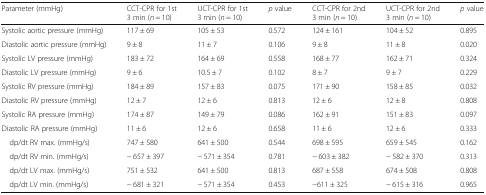
<table><thead><tr><td><b>Parameter (mmHg)</b></td><td><b>CCT-CPR for 1st 3 min (<i>n</i> = 10)</b></td><td><b>UCT-CPR for 1st 3 min (<i>n</i> = 10)</b></td><td><b><i>p</i> value</b></td><td><b>CCT-CPR for 2nd 3 min (<i>n</i> = 10)</b></td><td><b>UCT-CPR for 2nd 3 min (<i>n</i> = 10)</b></td><td><b><i>p</i> value</b></td></tr></thead><tbody><tr><td>Systolic aortic pressure (mmHg)</td><td>117 ± 69</td><td>105 ± 53</td><td>0.572</td><td>124 ± 161</td><td>104 ± 52</td><td>0.895</td></tr><tr><td>Diastolic aortic pressure (mmHg)</td><td>9 ± 8</td><td>11 ± 7</td><td>0.106</td><td>9 ± 8</td><td>11 ± 8</td><td>0.020</td></tr><tr><td>Systolic LV pressure (mmHg)</td><td>183 ± 72</td><td>164 ± 69</td><td>0.558</td><td>168 ± 77</td><td>162 ± 71</td><td>0.324</td></tr><tr><td>Diastolic LV pressure (mmHg)</td><td>9 ± 6</td><td>10.5 ± 7</td><td>0.102</td><td>8 ± 7</td><td>9 ± 7</td><td>0.229</td></tr><tr><td>Systolic RV pressure (mmHg)</td><td>184 ± 89</td><td>157 ± 83</td><td>0.075</td><td>171 ± 90</td><td>158 ± 85</td><td>0.032</td></tr><tr><td>Diastolic RV pressure (mmHg)</td><td>12 ± 7</td><td>12 ± 6</td><td>0.813</td><td>12 ± 6</td><td>12 ± 8</td><td>0.808</td></tr><tr><td>Systolic RA pressure (mmHg)</td><td>174 ± 87</td><td>149 ± 79</td><td>0.086</td><td>162 ± 91</td><td>151 ± 83</td><td>0.097</td></tr><tr><td>Diastolic RA pressure (mmHg)</td><td>11 ± 6</td><td>12 ± 6</td><td>0.658</td><td>11 ± 6</td><td>12 ± 6</td><td>0.333</td></tr><tr><td> dp/dt RV max. (mmHg/s)</td><td>747 ± 580</td><td>641 ± 500</td><td>0.544</td><td>698 ± 595</td><td>659 ± 545</td><td>0.162</td></tr><tr><td> dp/dt RV min. (mmHg/s)</td><td>− 657 ± 397</td><td>− 571 ± 354</td><td>0.781</td><td>− 603 ± 382</td><td>− 582 ± 370</td><td>0.313</td></tr><tr><td> dp/dt LV max. (mmHg/s)</td><td>751 ± 532</td><td>641 ± 500</td><td>0.813</td><td>687 ± 558</td><td>674 ± 508</td><td>0.808</td></tr><tr><td> dp/dt LV min. (mmHg/s)</td><td>− 681 ± 321</td><td>− 571 ± 354</td><td>0.453</td><td>−611 ± 325</td><td>− 615 ± 316</td><td>0.965</td></tr></tbody></table>